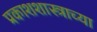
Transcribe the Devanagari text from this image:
प्रकाशशास्त्राच्या